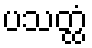
ပသတ္ထံ